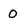
Character: 0